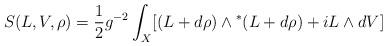
LaTeX: \begin{align*}S(L,V,\rho )=\frac{1}{2}g^{-2}\int_{X}[(L+d\rho {})\wedge {}^{*}(L+d\rho{})+iL\wedge {}dV] \end{align*}